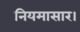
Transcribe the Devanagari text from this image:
नियमासार।